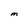
Character: M